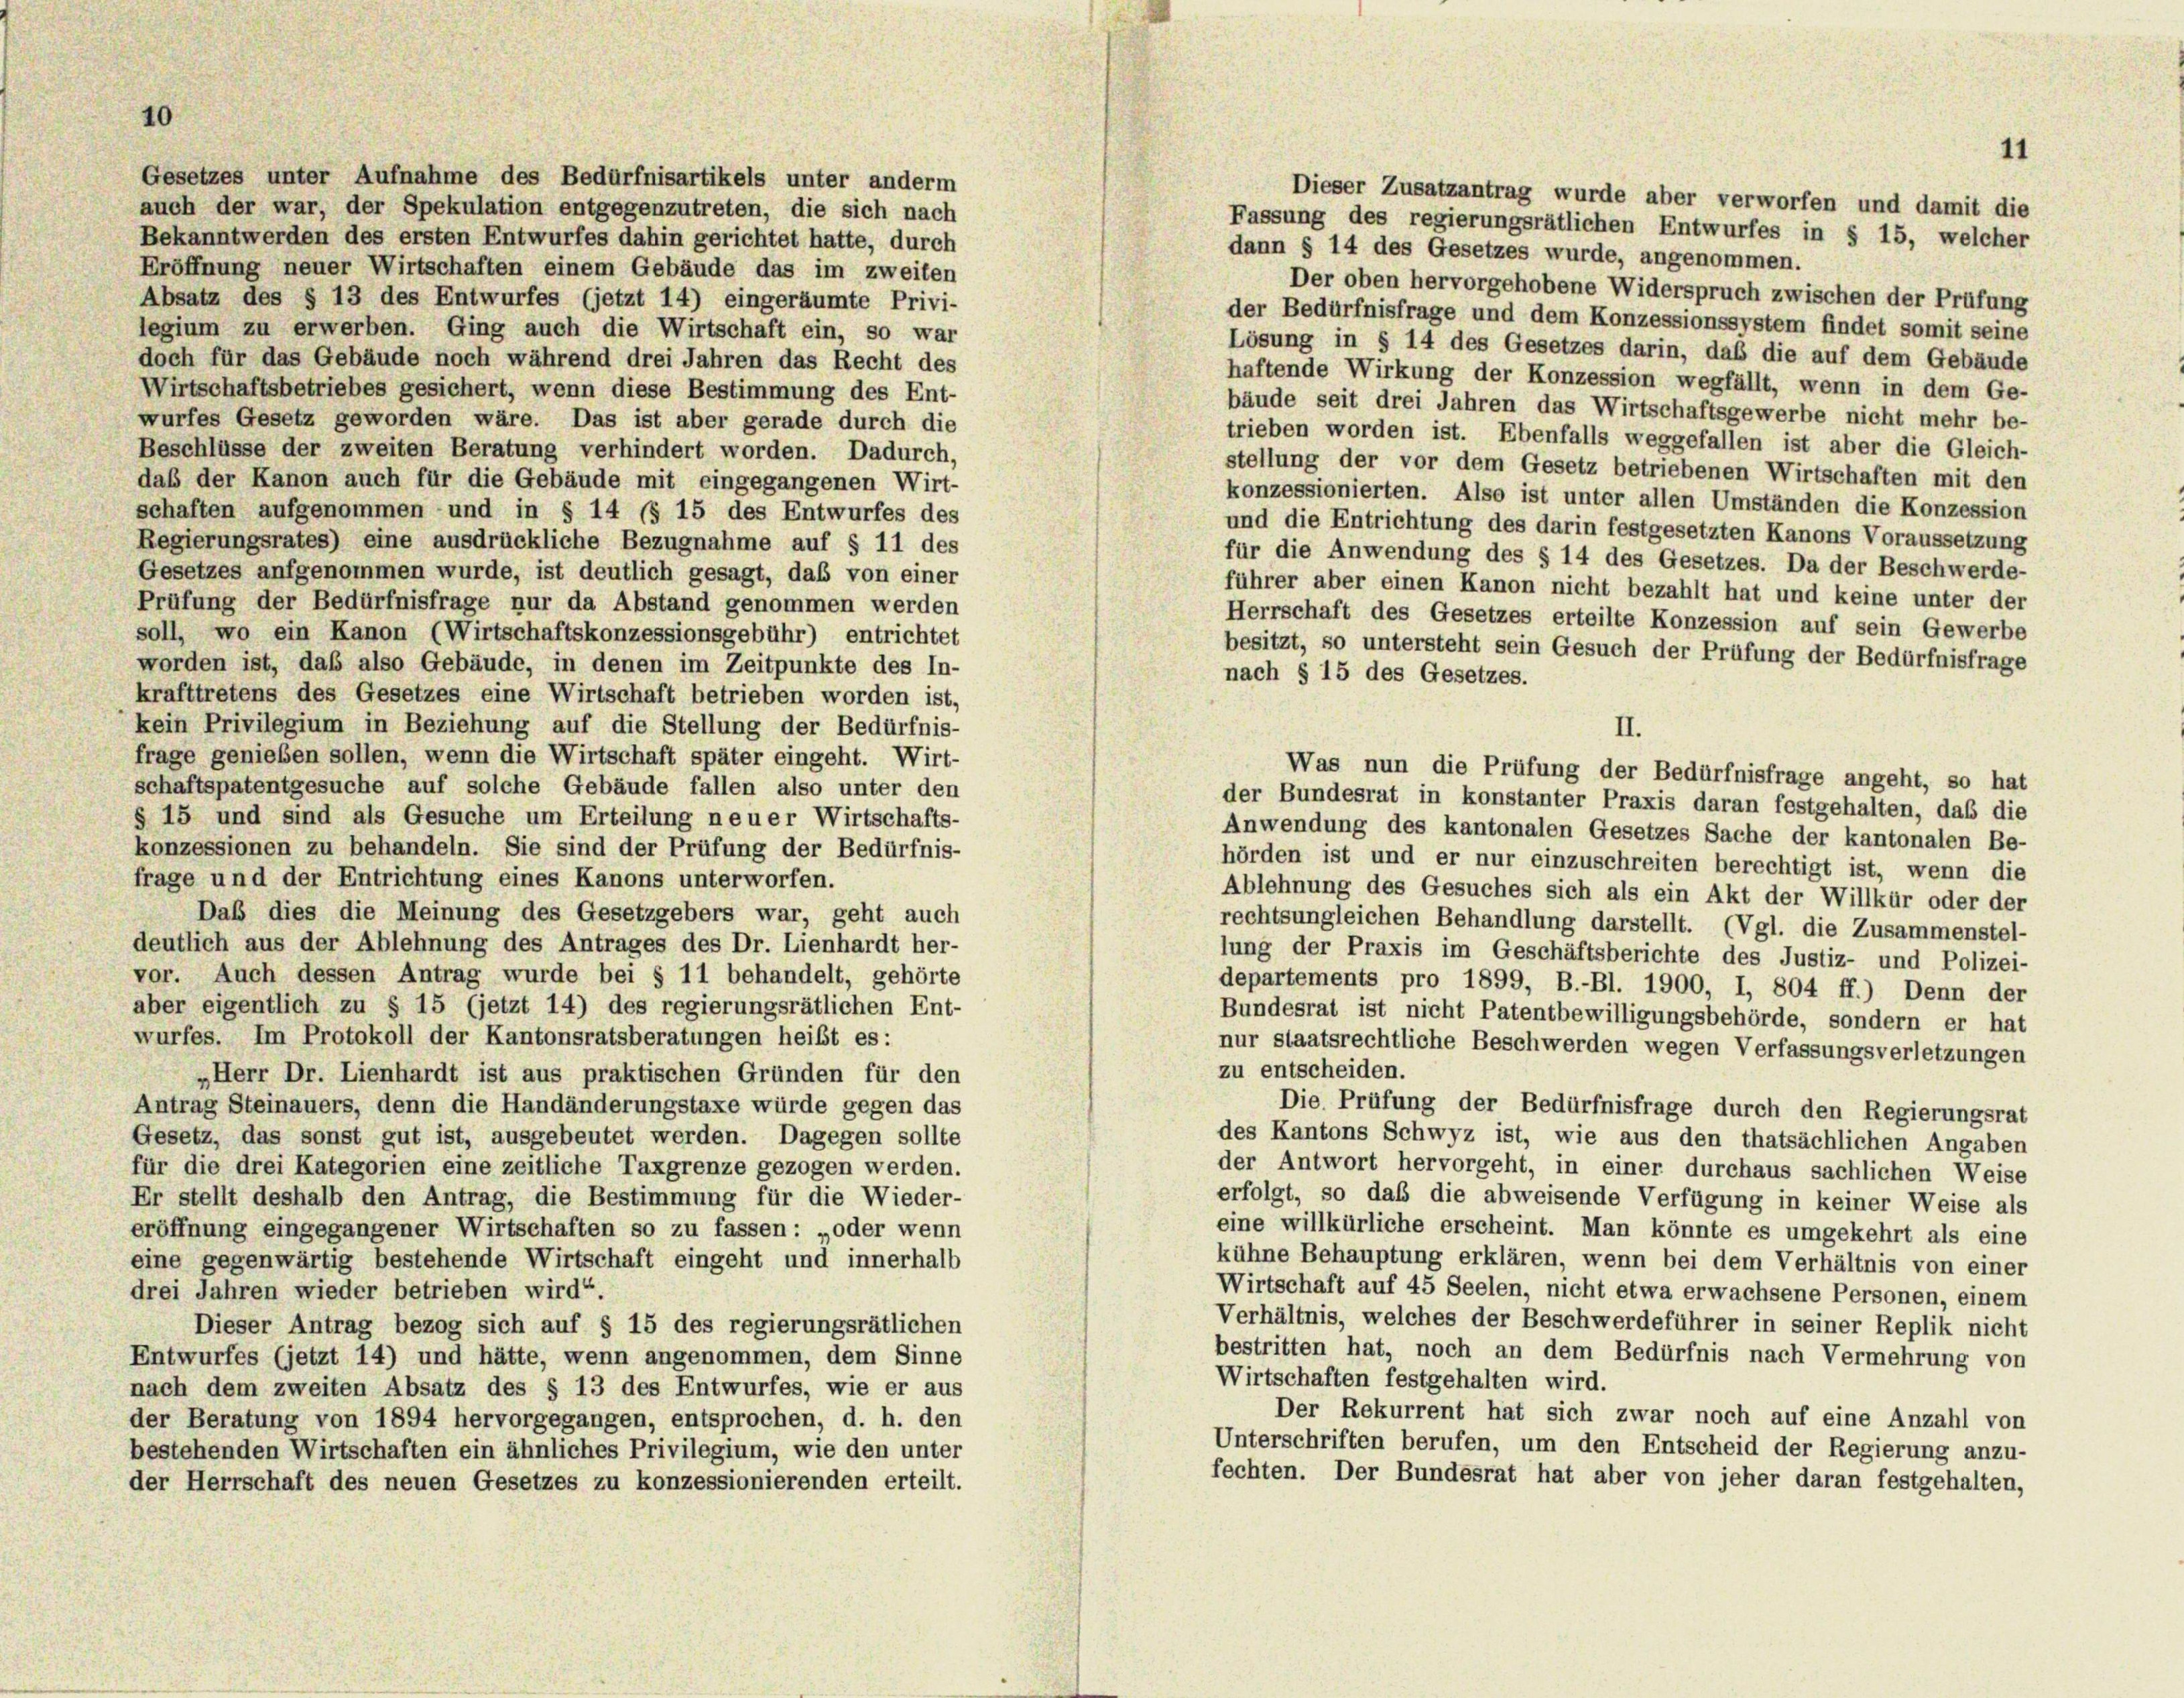
10

Gesetzes unter Aufnahme des Bedürfnisartikels unter anderm
auch der war, der Spekulation entgegenzutreten, die sich nach
Bekanntwerden des ersten Entwurfes dahin gerichtet hatte, durch
Eröffnung neuer Wirtschaften einem Gebäude das im zweiten

Dieser Zusatzantrag wurde aber verworfen und damit die
Fassung des regierungsrätlichen Entwurfes in § 15, welcher
dann § 14 des Gesetzes wurde, angenommen.
Der oben hervorgehobene Widerspruch zwischen der Prüfung
Absatz des § 13 des Entwurfes (jetzt 14) eingeräumte Privi-
der Bedürfnisfrage und dem Konzessionssystem findet somit seine
legium zu erwerben. Ging auch die Wirtschaft ein, so war
Lösung in § 14 des Gesetzes darin, daß die auf dem Gebäude
doch für das Gebäude noch während drei Jahren das Recht des
haftende Wirkung der Konzession wegfällt, wenn in dem Ge-
Wirtschaftsbetriebes gesichert, wenn diese Bestimmung des Ent-
bäude seit drei Jahren das Wirtschaftsgewerbe nicht mehr be-
wurfes Gesetz geworden wäre. Das ist aber gerade durch die
trieben worden ist. Ebenfalls weggefallen ist aber die Gleich-
Beschlüsse der zweiten Beratung verhindert worden. Dadurch,
stellung der vor dem Gesetz betriebenen Wirtschaften mit den
daß der Kanon auch für die Gebäude mit eingegangenen Wirt-
konzessionierten. Also ist unter allen Umständen die Konzession
schaften aufgenommen und in § 14 (§ 15 des Entwurfes des
und die Entrichtung des darin festgesetzten Kanons Voraussetzung
Regierungsrates) eine ausdrückliche Bezugnahme auf § 11 des
für die Anwendung des § 14 des Gesetzes. Da der Beschwerde-
Gesetzes aufgenommen wurde, ist deutlich gesagt, daß von einer
führer aber einen Kanon nicht bezahlt hat und keine unter der
Prüfung der Bedürfnisfrage nur da Abstand genommen werden
Herrschaft des Gesetzes erteilte Konzession auf sein Gewerbe
soll, wo ein Kanon (Wirtschaftskonzessionsgebühr) entrichtet
besitzt, so untersteht sein Gesuch der Prüfung der Bedürfnisfrage
worden ist, daß also Gebäude, in denen im Zeitpunkte des In-
nach § 15 des Gesetzes.
krafttretens des Gesetzes eine Wirtschaft betrieben worden ist,
kein Privilegium in Beziehung auf die Stellung der Bedürfnis-
II.
frage genieben sollen, wenn die Wirtschaft später eingeht. Wirt-
Was nun die Prüfung der Bedürfnisfrage angeht, so hat
schaftspatentgesuche auf solche Gebäude fallen also unter den
der Bundesrat in konstanter Praxis daran festgehalten, daß die
§ 15 und sind als Gesuche um Erteilung neuer Wirtschafts-
Anwendung des kantonalen Gesetzes Sache der kantonalen Be-
konzessionen zu behandeln. Sie sind der Prüfung der Bedürfnis-
hörden ist und er nur einzuschreiten berechtigt ist, wenn die
frage und der Entrichtung eines Kanons unterworfen.
Ablehnung des Gesuches sich als ein Akt der Willkür oder der
Daß dies die Meinung des Gesetzgebers war, geht auch
rechtsungleichen Behandlung darstellt. (Vgl. die Zusammenstel-
deutlich aus der Ablehnung des Antrages des Dr. Lienhardt her-
lung der Praxis im Geschäftsberichte des Justiz- und Polizei-
vor. Auch dessen Antrag wurde bei § 11 behandelt, gehörte
departements pro 1899, B.-Bl. 1900, I, 804 ff.) Denn der
aber eigentlich zu § 15 (jetzt 14) des regierungsrätlichen Ent-
Bundesrat ist nicht Patentbewilligungsbehörde, sondern er hat
wurfes. Im Protokoll der Kantonsratsberatungen heißt es:
nur staatsrechtliche Beschwerden wegen Verfassungsverletzungen
zu entscheiden.
„Herr Dr. Lienhardt ist aus praktischen Gründen für den
Antrag Steinauers, denn die Handänderungstaxe würde gegen das
Die Prüfung der Bedürfnisfrage durch den Regierungsrat
des Kantons Schwyz ist, wie aus den thatsächlichen Angaben
Gesetz, das sonst gut ist, ausgebeutet werden. Dagegen sollte
für die drei Kategorien eine zeitliche Taxgrenze gezogen werden.
der Antwort hervorgeht, in einer durchaus sachlichen Weise
erfolgt, so daß die abweisende Verfügung in keiner Weise als
Er stellt deshalb den Antrag, die Bestimmung für die Wieder-
eine willkürliche erscheint. Man könnte es umgekehrt als eine
eröffnung eingegangener Wirtschaften so zu fassen: „oder wenn
kühne Behauptung erklären, wenn bei dem Verhältnis von einer
eine gegenwärtig bestehende Wirtschaft eingeht und innerhalb
Wirtschaft auf 45 Seelen, nicht etwa erwachsene Personen, einem
drei Jahren wieder betrieben wird“.
Verhältnis, welches der Beschwerdeführer in seiner Replik nicht
Dieser Antrag bezog sich auf § 15 des regierungsrätlichen
bestritten hat, noch an dem Bedürfnis nach Vermehrung von
Entwurfes (jetzt 14) und hätte, wenn angenommen, dem Sinne
Wirtschaften festgehalten wird.
nach dem zweiten Absatz des § 13 des Entwurfes, wie er aus
Der Rekurrent hat sich zwar noch auf eine Anzahl von
der Beratung von 1894 hervorgegangen, entsprochen, d. h. den
Unterschriften berufen, um den Entscheid der Regierung anzu-
bestehenden Wirtschaften ein ähnliches Privilegium, wie den unter
fechten. Der Bundesrat hat aber von jeher daran festgehalten,
der Herrschaft des neuen Gesetzes zu konzessionierenden erteilt.

11